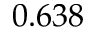
0 . 6 3 8